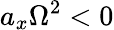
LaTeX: a_{x}\Omega^{2}<0